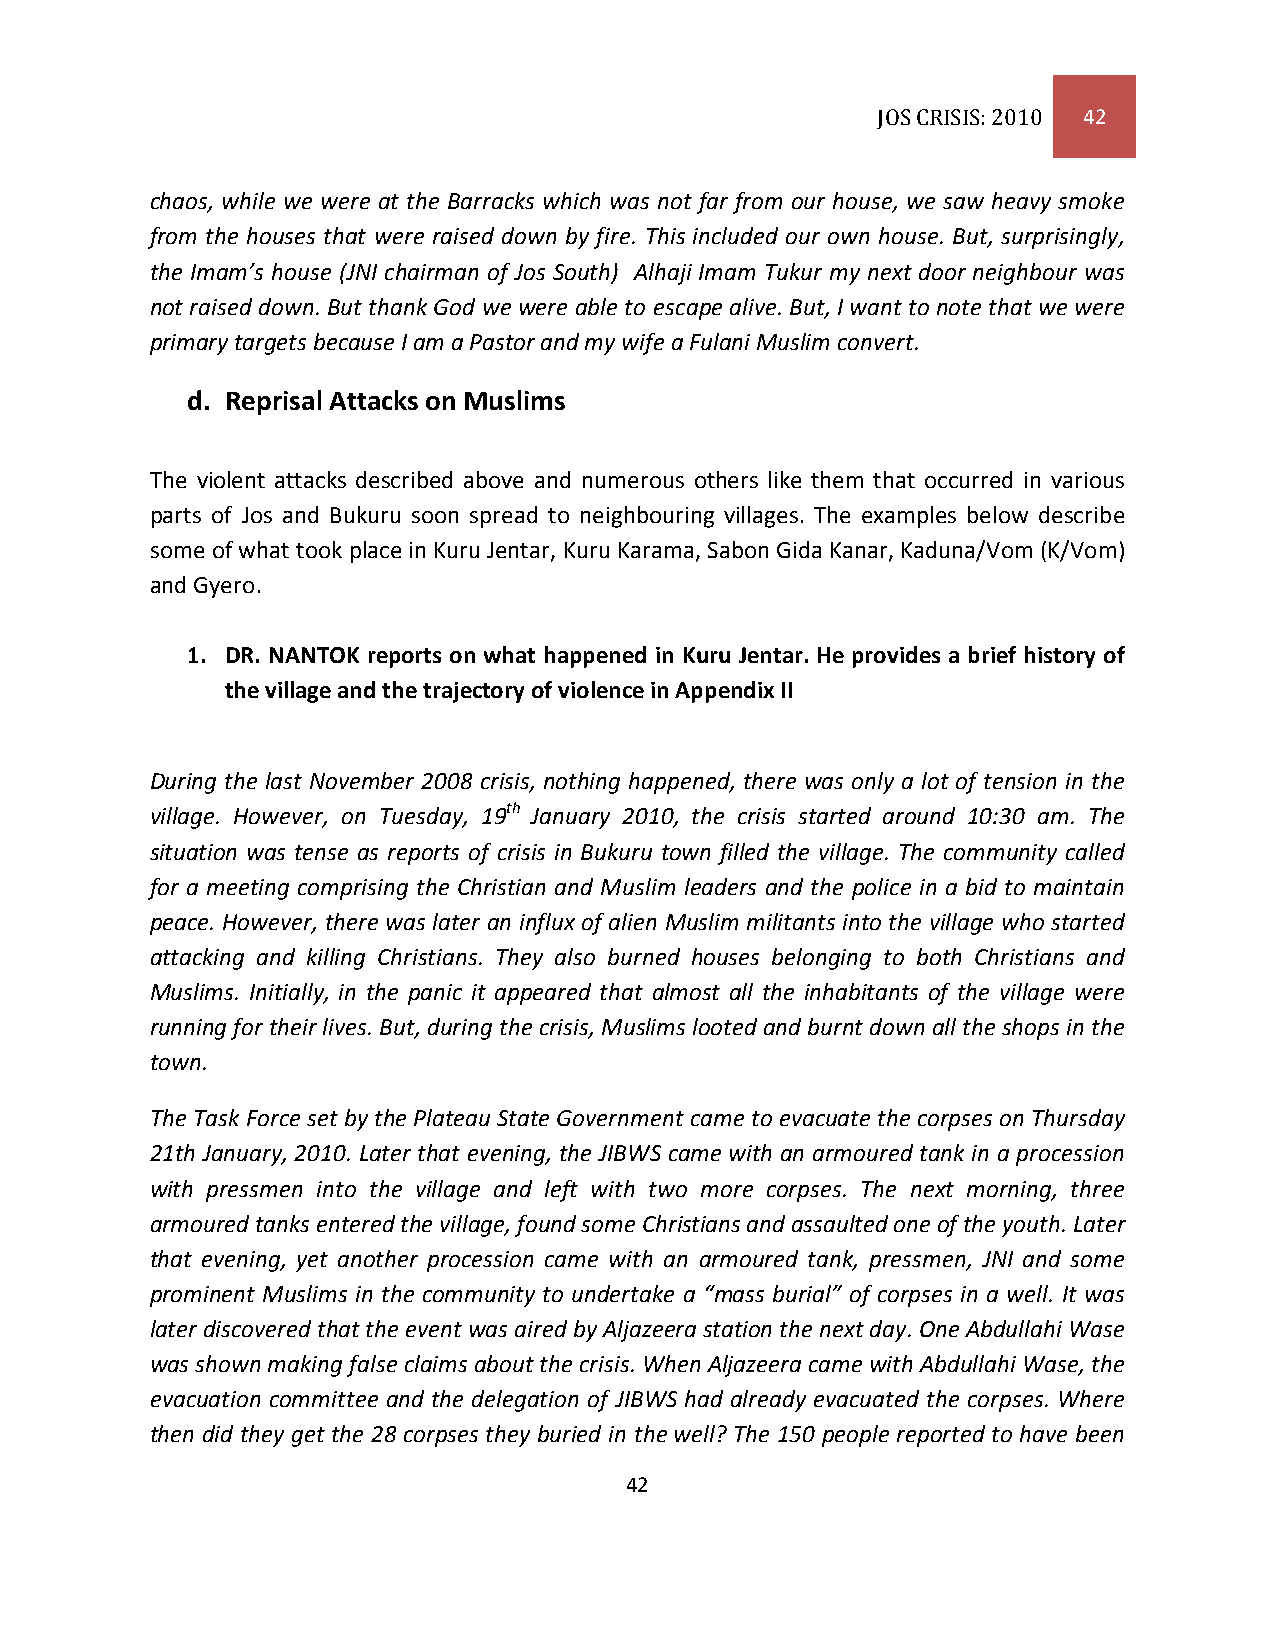
JOS CRISIS: 2010 42
 chaos, while we were at the Barracks which was not far from our house, we saw heavy smoke
 from the houses that were raised down by fire. This included our own house. But, surprisingly,
 the Imam’s house (JNI chairman of Jos South) Alhaji Imam Tukur my next door neighbour was
 not raised down. But thank God we were able to escape alive. But, I want to note that we were
 primary targets because I am a Pastor and my wife a Fulani Muslim convert.
 d. Reprisal Attacks on Muslims
 The violent attacks described above and numerous others like them that occurred in various
 parts of Jos and Bukuru soon spread to neighbouring villages. The examples below describe
 some of what took place in Kuru Jentar, Kuru Karama, Sabon Gida Kanar, Kaduna/Vom (K/Vom)
 and Gyero.
 1. DR. NANTOK reports on what happened in Kuru Jentar. He provides a brief history of
 the village and the trajectory of violence in Appendix II
 During the last November 2008 crisis, nothing happened, there was only a lot of tension in the
 village. However, on Tuesday, 19th January 2010, the crisis started around 10:30 am. The
 situation was tense as reports of crisis in Bukuru town filled the village. The community called
 for a meeting comprising the Christian and Muslim leaders and the police in a bid to maintain
 peace. However, there was later an influx of alien Muslim militants into the village who started
 attacking and killing Christians. They also burned houses belonging to both Christians and
 Muslims. Initially, in the panic it appeared that almost all the inhabitants of the village were
 running for their lives. But, during the crisis, Muslims looted and burnt down all the shops in the
 town.
 The Task Force set by the Plateau State Government came to evacuate the corpses on Thursday
 21th January, 2010. Later that evening, the JIBWS came with an armoured tank in a procession
 with pressmen into the village and left with two more corpses. The next morning, three
 armoured tanks entered the village, found some Christians and assaulted one of the youth. Later
 that evening, yet another procession came with an armoured tank, pressmen, JNI and some
 prominent Muslims in the community to undertake a “mass burial” of corpses in a well. It was
 later discovered that the event was aired by Aljazeera station the next day. One Abdullahi Wase
 was shown making false claims about the crisis. When Aljazeera came with Abdullahi Wase, the
 evacuation committee and the delegation of JIBWS had already evacuated the corpses. Where
 then did they get the 28 corpses they buried in the well? The 150 people reported to have been
 42